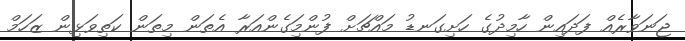
ޖަނަވާރެއް ފަދައިން ހާމިދުގެ ހަށިގަނޑު މައްޗަށް ފުންމަިގެންއަރާ އެތަން މިތަން ކަތިވަޅިން ޒަހަމް